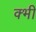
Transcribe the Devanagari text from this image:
क्भी